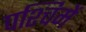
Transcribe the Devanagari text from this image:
पश्चिमें